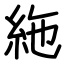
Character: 絁